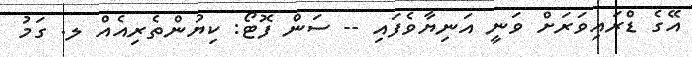
އޭގެ ޑްރައިވަރަށް ވަނީ އަނިޔާވެފައި -- ސަން ފޮޓޯ: ކިޔުންތެރިއެއް ލ. ގަމު